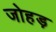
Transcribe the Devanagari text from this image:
जोहड़